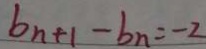
b _ { n + 1 } - b _ { n } = - 2